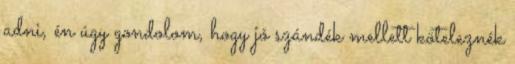
adni, én úgy gondolom, hogy jó szándék mellett köteleznék